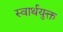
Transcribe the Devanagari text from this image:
स्वार्थयुक्त